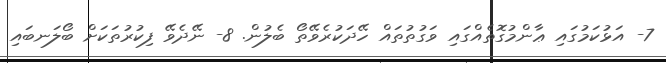
7- އަޅުކަމުގައި ޢާންމުގޮތެއްގައި ވަގުތުތައް ހޭދަކުރެވޭތޯ ބެލުން. 8- ނޭދެވޭ ފިކުރުތަކަށް ބޯލަނބައި